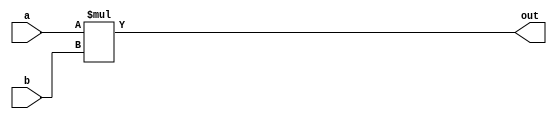
/*
   This file was generated automatically by the Mojo IDE version B1.3.6.
   Do not edit this file directly. Instead edit the original Lucid source.
   This is a temporary file and any changes made to it will be destroyed.
*/

module multiply_13 (
    input [15:0] a,
    input [15:0] b,
    output reg [15:0] out
  );
  
  
  
  always @* begin
    out = a * b;
  end
endmodule